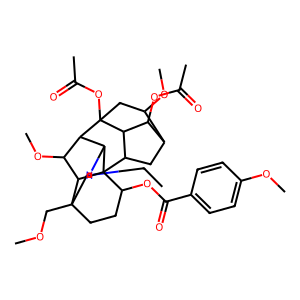
SMILES: CCN1CC2(COC)CCC(OC(=O)c3ccc(OC)cc3)C34C5CC6C(OC)CC(OC(C)=O)(C5C6OC(C)=O)C(C(OC)C23)C14
Inhibits HIV replication: No